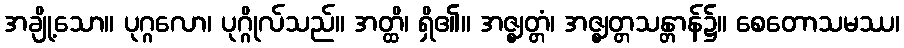
အချို့သော။ ပုဂ္ဂလော၊ ပုဂ္ဂိုလ်သည်။ အတ္ထိ၊ ရှိ၏။ အဇ္ဈတ္တံ၊ အဇ္ဈတ္တသန္တာန်၌။ စေတောသမဿ၊